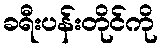
ခရီးပန်းတိုင်ကို